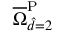
\overline { { \Omega } } _ { \hat { d } = 2 } ^ { \mathrm { { P } } }